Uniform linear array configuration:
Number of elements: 64
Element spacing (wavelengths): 0.25
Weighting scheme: kaiser
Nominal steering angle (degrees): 15
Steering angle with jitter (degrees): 16.583
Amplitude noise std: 0.05
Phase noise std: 0.05

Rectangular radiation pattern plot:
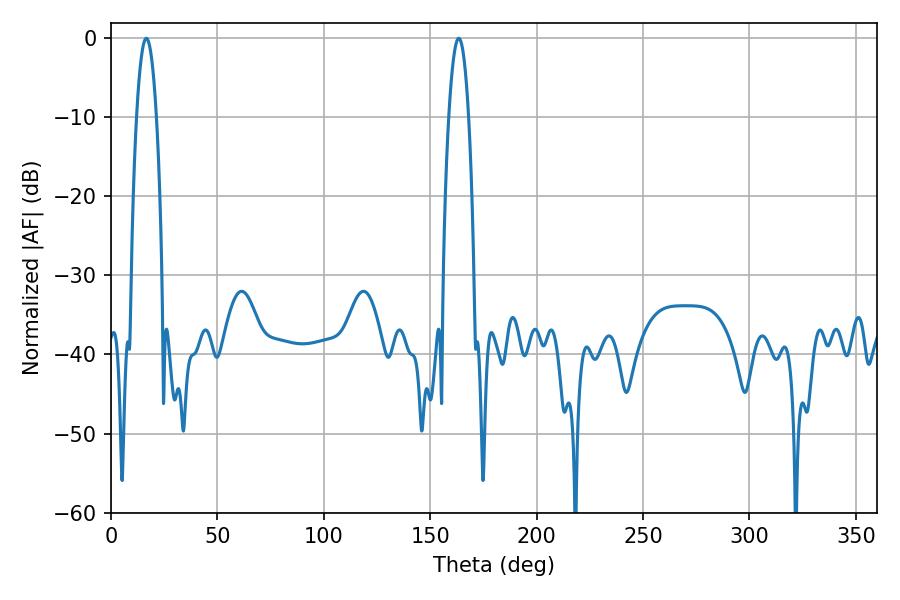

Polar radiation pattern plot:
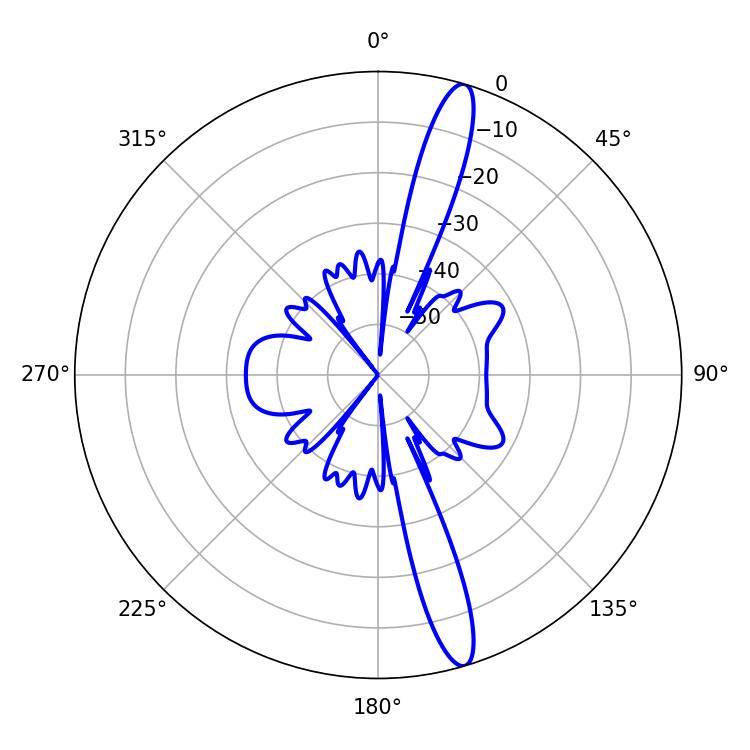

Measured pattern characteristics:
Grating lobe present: FALSE
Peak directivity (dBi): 15.568
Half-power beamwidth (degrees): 5.22
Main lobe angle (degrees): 16.56